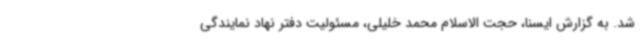
شد. به گزارش ایسنا، حجت الاسلام محمد خلیلی، مسئولیت دفتر نهاد نمایندگی